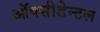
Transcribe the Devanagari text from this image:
ऑक्सीडेन्टल